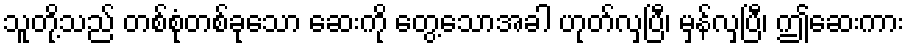
သူတို့သည် တစ်စုံတစ်ခုသော ဆေးကို တွေ့သောအခါ ဟုတ်လှပြီ၊ မှန်လှပြီ၊ ဤဆေးကား